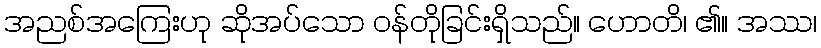
အညစ်အကြေးဟု ဆိုအပ်သော ဝန်တိုခြင်းရှိသည်။ ဟောတိ၊ ၏။ အဿ၊